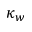
\kappa _ { w }